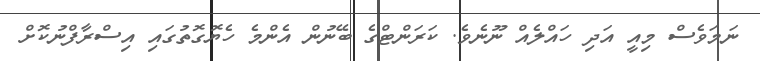
ނަމަވެސް މިއީ އަދި ހައްލެއް ނޫނެވެ. ކަރަންޓްގެ ބޭނުން އެންމެ ހެޔޮގޮތުގައި އިސްރާފްނުކޮށް